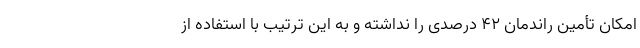
امکان تأمین راندمان ۴۲ درصدی را نداشته و به این ترتیب با استفاده از